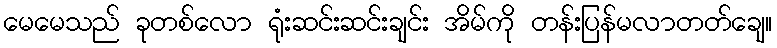
မေမေသည် ခုတစ်လော ရုံးဆင်းဆင်းချင်း အိမ်ကို တန်းပြန်မလာတတ်ချေ။